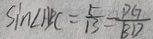
\sin \angle A B C = \frac { 5 } { 1 3 } = \frac { D G } { B D }